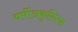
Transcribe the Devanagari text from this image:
थर्मोअकुस्टिक